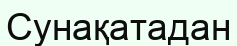
Сунақатадан